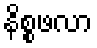
နိစ္စဖလာ